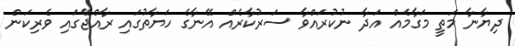
ދިޔާނާ މަތީ މަގާމެއް އަދާ ނުކުރައްވާ ސަރުކާރެއް އޭނާގެ ހަޔާތުގައި ރާއްޖޭގައި ވެރިކަން